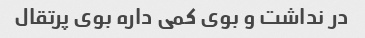
در نداشت و بوی کمی داره بوی پرتقال